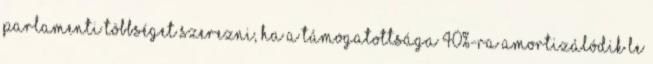
parlamenti többséget szerezni, ha a támogatottsága 40%-ra amortizálódik le